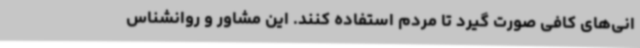
انی‌های کافی صورت گیرد تا مردم استفاده کنند. این مشاور و روانشناس